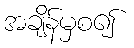
အချိန်မှစ၍